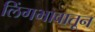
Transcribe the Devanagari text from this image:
लिंगभावातून